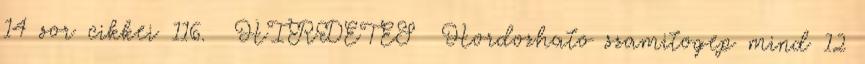
14 sor cikkei 116. HIRDETES Hordozhato szamitogep mind 12